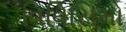
વિવિસિમો